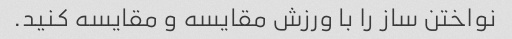
نواختن ساز را با ورزش مقایسه و مقایسه کنید.